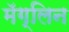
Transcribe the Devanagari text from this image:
मॅग्लिन